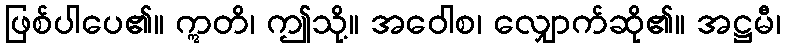
ဖြစ်ပါပေ၏။ ဣတိ၊ ဤသို့။ အဝေါစ၊ လျှောက်ဆို၏။ အဋ္ဌမီ၊